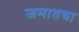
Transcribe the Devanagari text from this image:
जमातचा